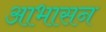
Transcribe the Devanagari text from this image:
आभासन